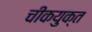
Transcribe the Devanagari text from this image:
चीकयुक्त